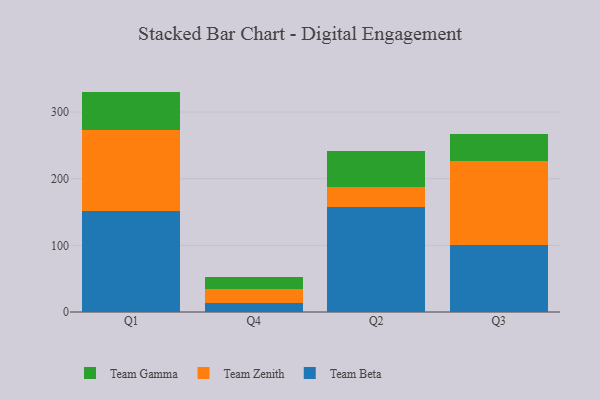
{"axis": {"x": "Quarter", "y": "Shipments"}, "legend": ["Team Beta", "Team Gamma", "Team Zenith"], "data": [{"x": "Q1", "y": 152.0, "type": "Team Beta"}, {"x": "Q1", "y": 121.8, "type": "Team Zenith"}, {"x": "Q1", "y": 56.9, "type": "Team Gamma"}, {"x": "Q4", "y": 12.9, "type": "Team Beta"}, {"x": "Q4", "y": 21.4, "type": "Team Zenith"}, {"x": "Q4", "y": 17.9, "type": "Team Gamma"}, {"x": "Q2", "y": 158.0, "type": "Team Beta"}, {"x": "Q2", "y": 29.5, "type": "Team Zenith"}, {"x": "Q2", "y": 54.4, "type": "Team Gamma"}, {"x": "Q3", "y": 100.5, "type": "Team Beta"}, {"x": "Q3", "y": 126.8, "type": "Team Zenith"}, {"x": "Q3", "y": 39.9, "type": "Team Gamma"}]}